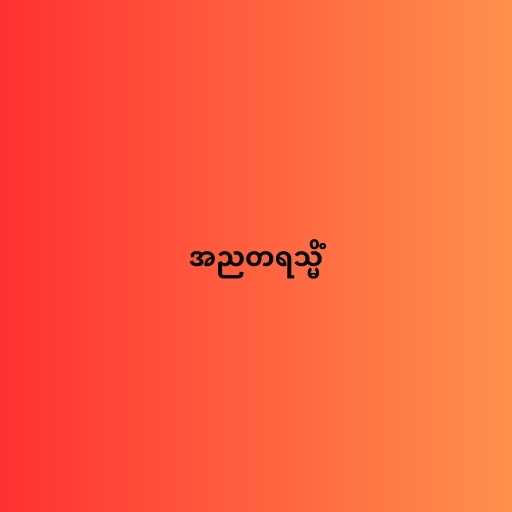
အညတရသ္မိံ